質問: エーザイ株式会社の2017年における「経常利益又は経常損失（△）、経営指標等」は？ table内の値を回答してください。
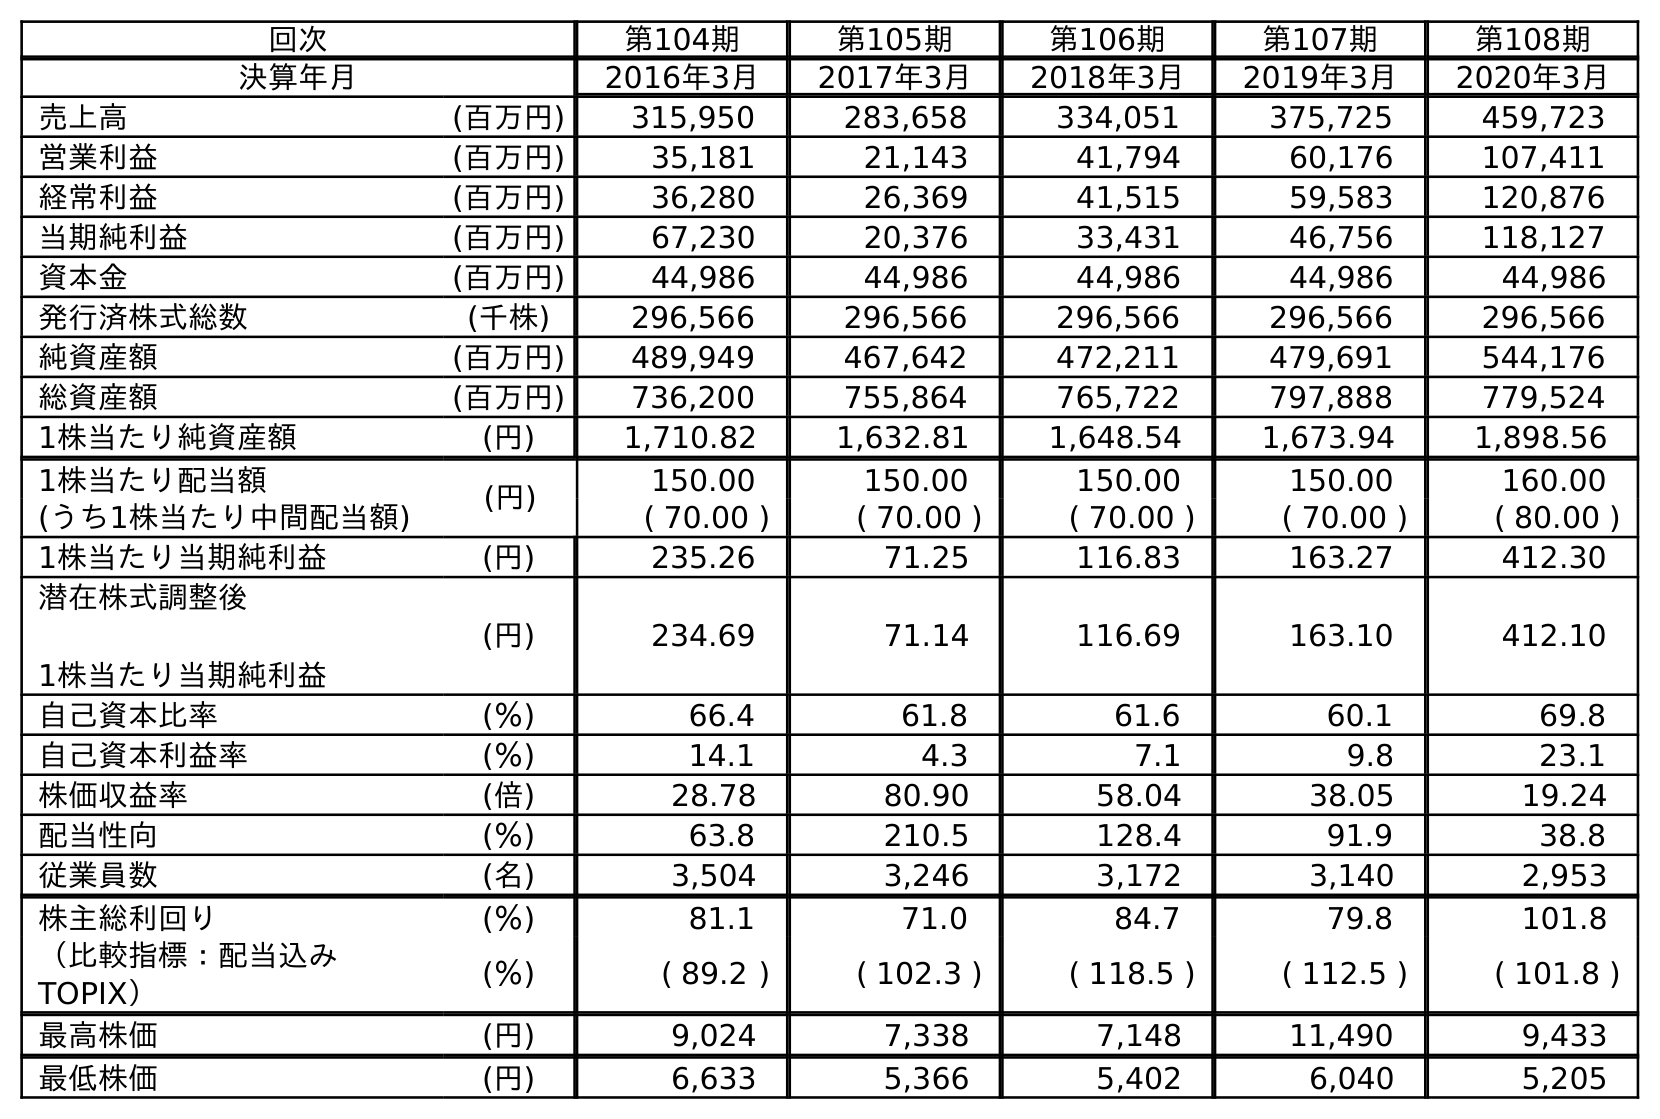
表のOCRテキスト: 回次 第104期 第105期 第106期 第107期 第108期 決算年月 2016年3月 2017年3月 2018年3月 2019年3月 2020年3月 売上高 (百万円) 315,950 283,658 334,051 375,725 459,723 営業利益 (百万円) 35,181 21,143 41,794 60,176 107,411 経常利益 (百万円) 36,280 26,369 41,515 59,583 120,876 当期純利益 (百万円) 67,230 20,376 33,431 46,756 118,127 資本金 (百万円) 44,986 44,986 44,986 44,986 44,986 発行済株式総数 (千株) 296,566 296,566 296,566 296,566 296,566 純資産額 (百万円) 489,949 467,642 472,211 479,691 544,176 総資産額 (百万円) 736,200 755,864 765,722 797,888 779,524 1株当たり純資産額 (円) 1,710.82 1,632.81 1,648.54 1,673.94 1,898.56 1株当たり配当額 (円) 150.00 150.00 150.00 150.00 160.00 (うち1株当たり中間配当額) ( 70.00 ) ( 70.00 ) ( 70.00 ) ( 70.00 ) ( 80.00 ) 1株当たり当期純利益 (円) 235.26 71.25 116.83 163.27 412.30 潜在株式調整後 1株当たり当期純利益 (円) 234.69 71.14 116.69 163.10 412.10 自己資本比率 (％) 66.4 61.8 61.6 60.1 69.8 自己資本利益率 (％) 14.1 4.3 7.1 9.8 23.1 株価収益率 (倍) 28.78 80.90 58.04 38.05 19.24 配当性向 (％) 63.8 210.5 128.4 91.9 38.8 従業員数 (名) 3,504 3,246 3,172 3,140 2,953 株主総利回り (％) 81.1 71.0 84.7 79.8 101.8 （比較指標：配当込み TOPIX） (％) ( 89.2 ) ( 102.3 ) ( 118.5 ) ( 112.5 ) ( 101.8 ) 最高株価 (円) 9,024 7,338 7,148 11,490 9,433 最低株価 (円) 6,633 5,366 5,402 6,040 5,205
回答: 26,369